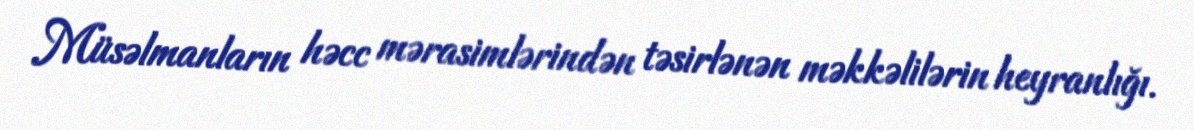
Müsəlmanların həcc mərasimlərindən təsirlənən məkkəlilərin heyranlığı.